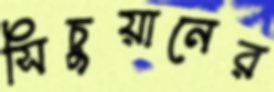
সিচুয়ানের